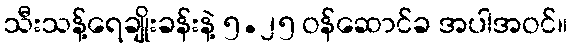
သီးသန့်ရေချိုးခန်းနဲ့ ၅.၂၅ ဝန်ဆောင်ခ အပါအဝင်။